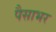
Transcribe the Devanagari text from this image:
पैसाभर